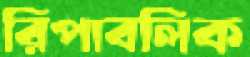
রিপাবলিক